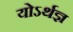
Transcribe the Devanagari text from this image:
योऽर्थज्ञ